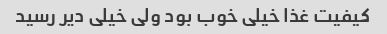
کیفیت غذا خیلی خوب بود ولی خیلی دیر رسید